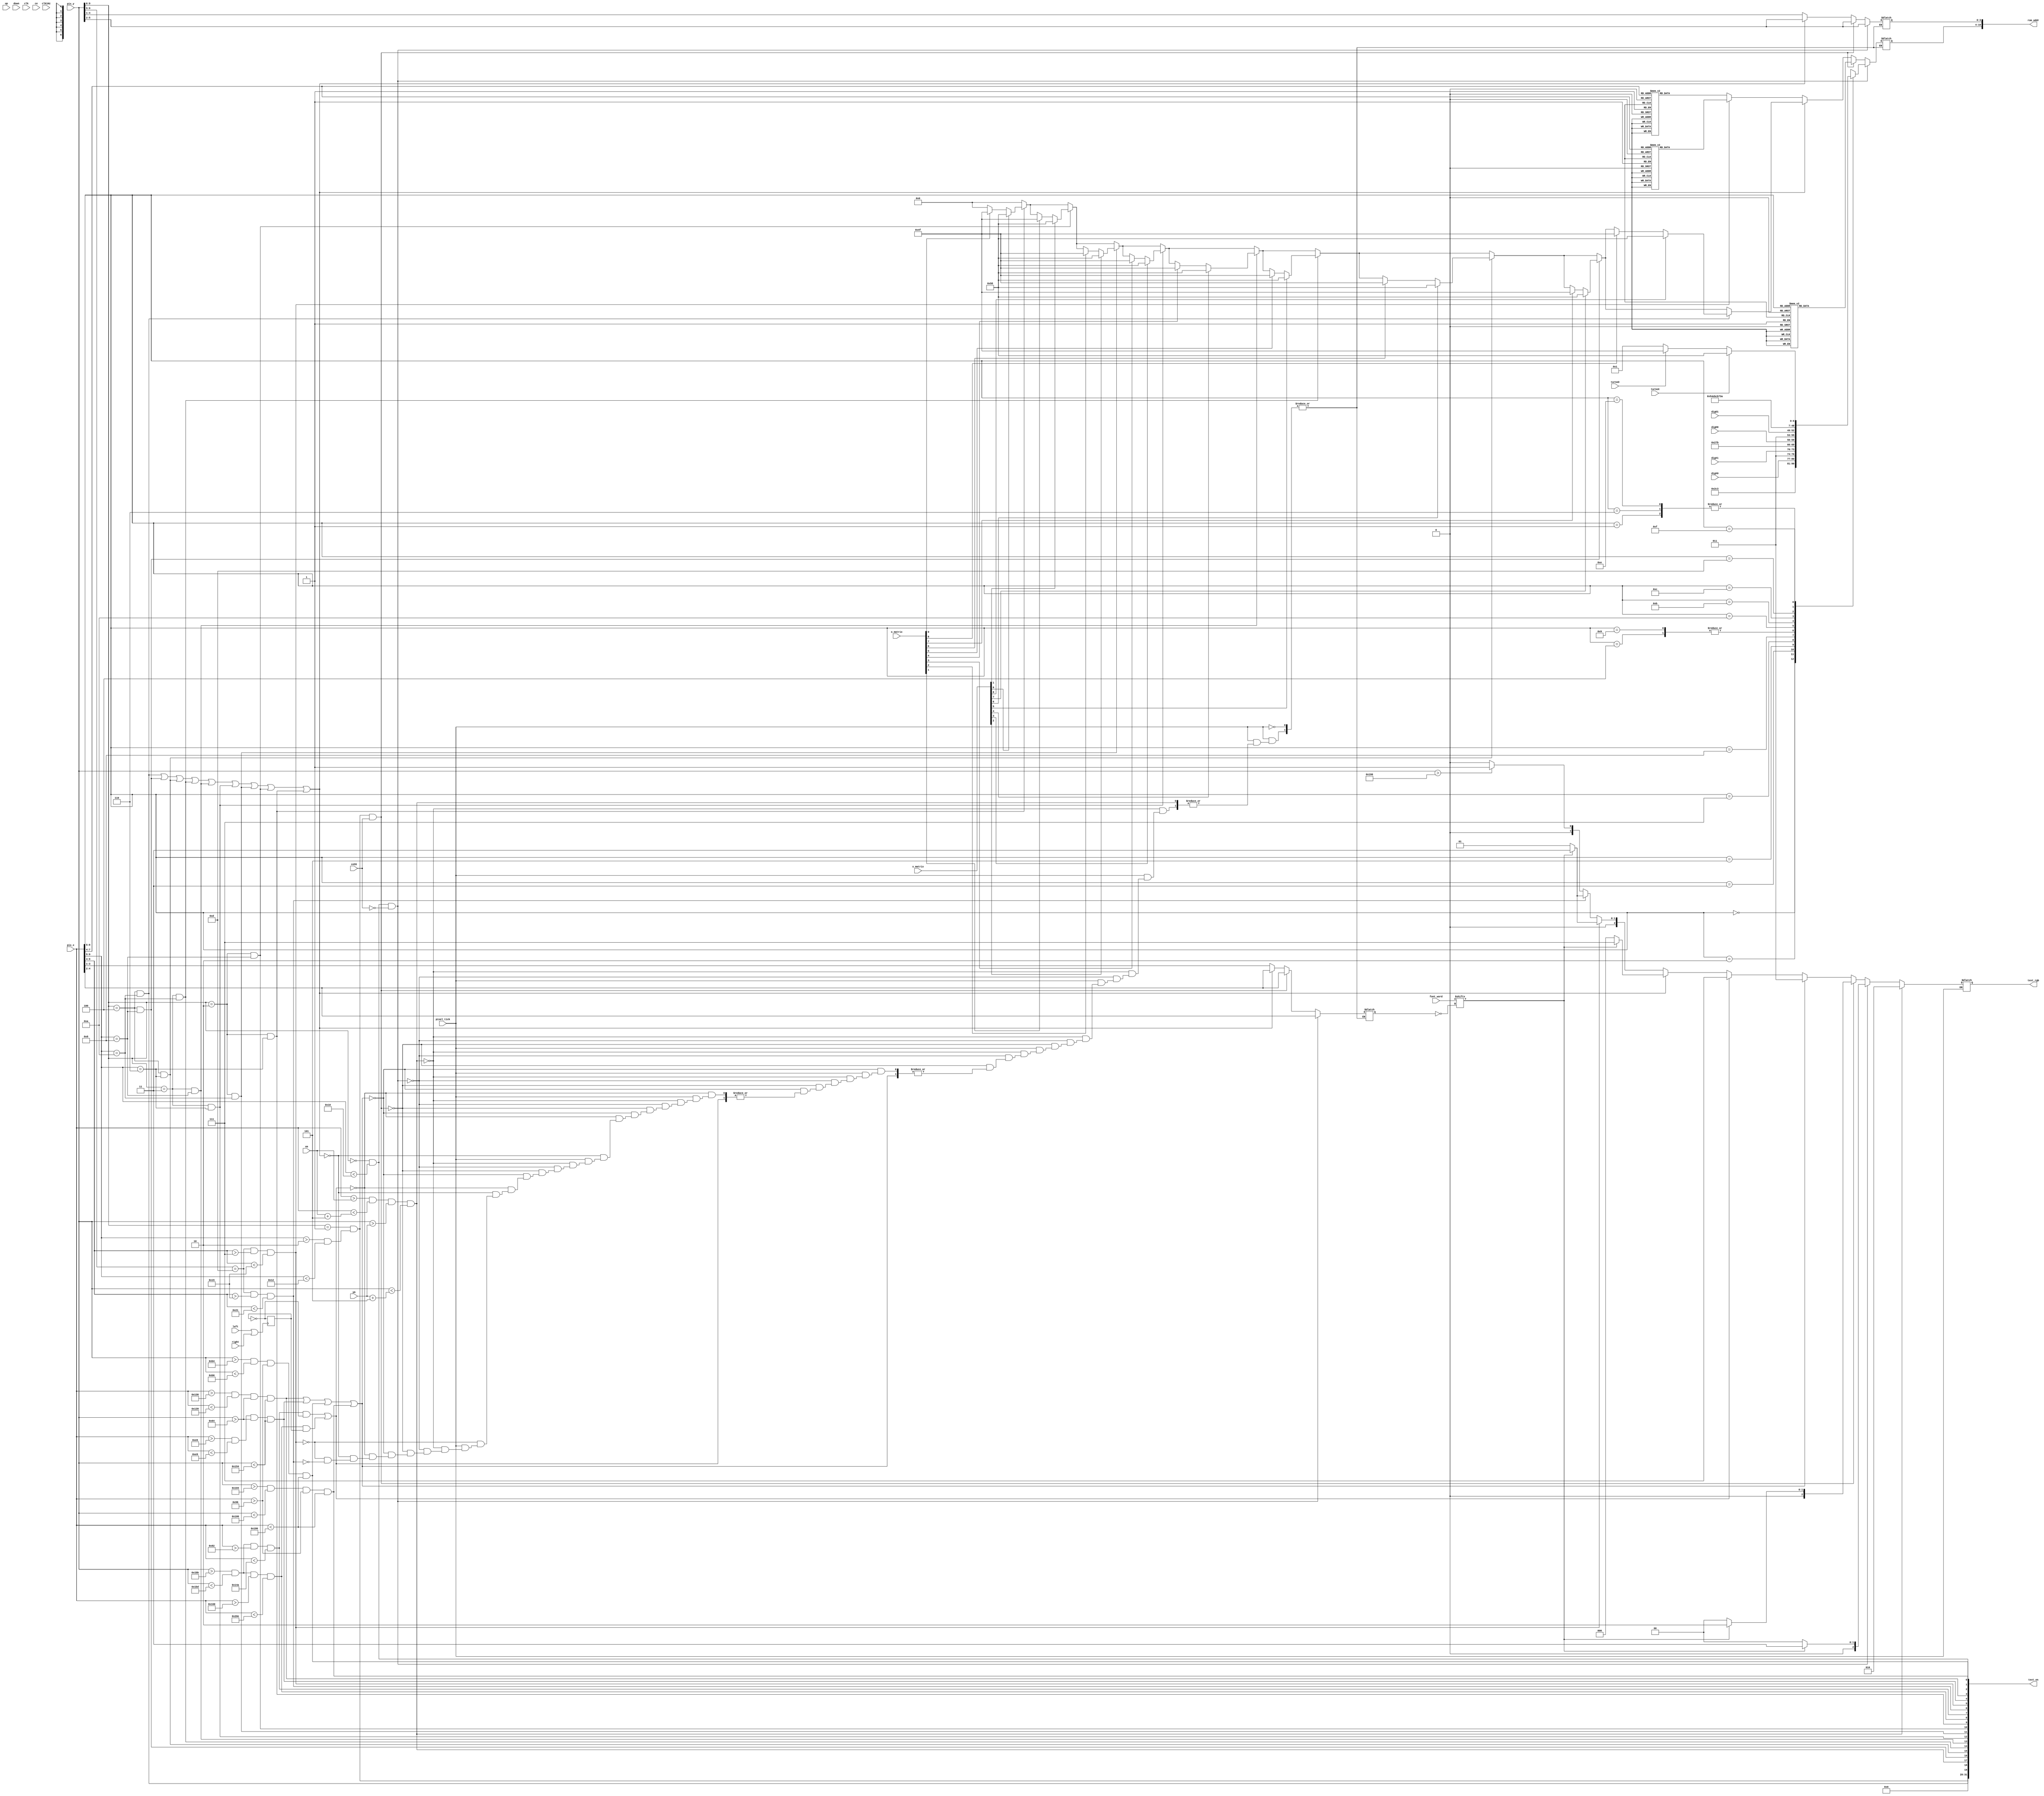
module TicTacToeTextPainter
   (
	 input wire up,
	 input wire down,	
	 input wire left,
	 input wire right,
    input wire  clk, 
	 input wire  clk1Hz, 
	 input wire ceSS,
    input wire [9:0] pix_x, pix_y,
	 input wire [7:0] font_word,
	 input wire pixel_tick,	 
	 input wire [9:0] xm, ym,
	 input wire ce,
    input wire [8:0] x_matrix,
    input wire [8:0] o_matrix,	 
	 input wire [3:0] digX0,
	 input wire [3:0] digX1,
	 input wire [3:0] digO0,
	 input wire [3:0] digO1,
	 input wire turnoX,
	 input wire turnoO,
    output wire [31:0] text_on,
    output reg  [2:0] text_rgb =0,
	 output wire [10:0] rom_addr
   );

   // signal declaration---------------------------------------------------------------------
	
	//Declaration of the column of the characters
	
   reg  [6:0] char_addr=0, char_addr_ss=0, char_addr_s = 0, char_addr_st = 0, char_addr_rt = 0,  char_addr_e = 0, 
	char_addr_xo1 = 0, char_addr_xo2 = 0, char_addr_xo3 = 0, char_addr_xo4 = 0, char_addr_xo5 = 0,
	char_addr_xo6 = 0, char_addr_xo7 = 0,char_addr_xo8 = 0;
	
   reg  [3:0] row_addr=0; 
	
	//Declaration for the row of the characters
	
	wire  [3:0] row_addr_rt, row_addr_ss, row_addr_st, row_addr_e,row_addr_xo1, row_addr_xo2, 
	row_addr_xo3,  row_addr_xo4,  row_addr_xo5,  row_addr_xo6,  row_addr_xo7,  row_addr_xo8;
   reg  [2:0] bit_addr=0; 
	
	//Declaration for the bit of each row of the ROMM
   
	wire [2:0] bit_addr_ss,bit_addr_st, bit_addr_rt, bit_addr_e, bit_addr_xo1, bit_addr_xo1, 
	bit_addr_xo1, bit_addr_xo1 , bit_addr_xo1 ,bit_addr_xo1, bit_addr_xo1, bit_addr_xo1, bit_addr_xo1;
   wire font_bit, score_on;
	
	reg state_on = 0;
	reg [2:0] nextRGB = 3'b000;
	
	//Mouse register
	
	//Initial value
	reg [9:0] mouse_x = 245;
	reg [9:0] mouse_y = 245;
	
	
	//Auxulir value
	wire [9:0] mouse_x_coor;
	wire [9:0] mouse_y_coor;
	
	//Wire to know when the elements are on the screen
	wire 	bar_left_on, bar_right_on, bar_up_on, bar_down_on, restart_on, erase_on, restart_underline_on, mouse_on;
	wire xo0_on, xo1_on, xo2_on, xo3_on, xo4_on, xo5_on, xo6_on, xo7_on, xo8_on, playing_on_ss;
	
	//Colores Constantes
	localparam BLACK 		= 3'b000;
	localparam RED   		= 3'b100;
	localparam GREEN 		= 3'b010;
	localparam BLUE      = 3'b001;
	localparam WHITE     = 3'b111;
	localparam PINK      = 3'b101;
	localparam YELLOW    = 3'b110;
	localparam LIGHTBLUE = 3'b011;
	
	
	//Constantes de la posicin de las x's y o's
	
	localparam X_O_LOCATION = 2;
	
	localparam X_O_SEPARATION = 1;
	
	//Ancho de las casillas
	localparam ANCHOCASILLAS = 80;
	
	//Ancho y largo de las barras	
	localparam ANCHOBARRAS = 2;
	localparam LARGOBARRAS = ANCHOCASILLAS * 3;
	
	//Constantes de la ubicacin de las barras
	
	//Ubicacion del GATO 
	
	localparam NUMERAL_X = 150;
	localparam NUMERAL_Y = 100;
	
	//Barra vertical izquierda
	localparam  BAR_LEFT_START_X = NUMERAL_X + ANCHOCASILLAS;
	localparam  BAR_LEFT_FINAL_X = NUMERAL_X + ANCHOCASILLAS + ANCHOBARRAS + 1;
	
	//Barra vertical derecha
	localparam  BAR_RIGHT_START_X = NUMERAL_X + 2*ANCHOCASILLAS;
	localparam  BAR_RIGHT_FINAL_X = NUMERAL_X + 2*ANCHOCASILLAS + ANCHOBARRAS + 1;
	
	//Barras verticales largo
	localparam  BAR_VERTICAL_START_Y = NUMERAL_Y;
	localparam  BAR_VERTICAL_FINAL_Y = NUMERAL_Y + LARGOBARRAS;

	//Barra horizontal arriba
	localparam  BAR_UP_START_Y = NUMERAL_Y + ANCHOCASILLAS;
	localparam  BAR_UP_FINAL_Y = NUMERAL_Y + ANCHOCASILLAS + ANCHOBARRAS;

	//Barra horizontal abajo
	localparam  BAR_DOWN_START_Y = NUMERAL_Y + 2*ANCHOCASILLAS;
	localparam  BAR_DOWN_FINAL_Y = NUMERAL_Y + 2*ANCHOCASILLAS + ANCHOBARRAS;
	
	//Barras horizontales largo
	localparam  BAR_HORIZONTAL_START_X = NUMERAL_X;
	localparam  BAR_HORIZONTAL_FINAL_X = NUMERAL_X + LARGOBARRAS;

	//Barras subbrayadoras X
	
	localparam UNDERLINE_RESTART_X = 100;
	localparam UNDERLINE_SCORE_X   = 350;
	
	//Barras subbrayadoras Y
	
	localparam UNDERLINE_RESTART_Y = 400;
	localparam UNDERLINE_SCORE_Y   = 350;	

	//Barra debajo del label Restart
	
	localparam UNDERLINE_RESTART_LONG = 250;
	localparam UNDERLINE_SCORE_LONG = 250;
  

	//Asigno cuando las barras deben ser pintadas
	

	
	assign bar_left_on =  (pix_x > BAR_LEFT_START_X) && 
								 (pix_x < BAR_LEFT_FINAL_X) &&
								 (pix_y > BAR_VERTICAL_START_Y) &&
								 (pix_y < BAR_VERTICAL_FINAL_Y);
								
	assign bar_right_on = (pix_x > BAR_RIGHT_START_X) && 
								 (pix_x < BAR_RIGHT_FINAL_X) &&
								 (pix_y > BAR_VERTICAL_START_Y) &&
								 (pix_y < BAR_VERTICAL_FINAL_Y);

	assign bar_up_on =    (pix_y > BAR_UP_START_Y) && 
								 (pix_y < BAR_UP_FINAL_Y) &&
								 (pix_x > BAR_HORIZONTAL_START_X) &&
								 (pix_x < BAR_HORIZONTAL_FINAL_X);								 

	assign bar_down_on =  (pix_y > BAR_DOWN_START_Y) && 
								 (pix_y < BAR_DOWN_FINAL_Y) &&	
								 (pix_x > BAR_HORIZONTAL_START_X) &&
								 (pix_x < BAR_HORIZONTAL_FINAL_X);

	assign restart_underline_on = (pix_y > 443) && 
								 (pix_y < 445) &&	
								 (pix_x > 130) &&
								 (pix_x < 330);
								 
	assign score_underline_on = (pix_y > 443) && 
								 (pix_y < 445) &&	
								 (pix_x > 352) &&
								 (pix_x < 526);
								 
	assign refr_tick = (pix_y==481) && (pix_x==0);
								 
	assign mouse_on = (pix_x > xm) && (pix_x <xm + 5) && 
							(pix_y > ym) && (pix_y <ym + 5);					

   //-------------------------------------------
   // Temporizador
   //  - Seccion donde se despliega el temporizador
   //  - escala  16-32 
   //-------------------------------------------
   /*assign score_on = (pix_y[9:5]==7) && (pix_x[9:4]<32  && pix_x[9:4]>15);
   assign row_addr_s = pix_y[4:1];
   assign bit_addr_s = pix_x[3:1];
   always @*
      case (pix_x[7:4])	
			4'h0: char_addr_s = 7'h00; //		
			4'h1: char_addr_s = 7'h00; //			
         4'h2: char_addr_s = {3'b011,dig0}; //Aqui escojo segun el digito entrante el que coloco en pantalla
         4'h3: char_addr_s = {3'b011,dig1}; //Aqui escojo segun el digito entrante el que coloco en pantalla		
         4'h4: char_addr_s = 7'h3a; // :
         4'h5: char_addr_s = {3'b011,dig2}; //Aqui escojo segun el digito entrante el que coloco en pantalla
         4'h6: char_addr_s = {3'b011,dig3}; //Aqui escojo segun el digito entrante el que coloco en pantalla
			4'h7: char_addr_s = 7'h00; //
			4'h8: char_addr_s = 7'h00; //
			4'h9: char_addr_s = 7'h00; //
			4'ha: char_addr_s = 7'h00; //
			4'hb: char_addr_s = 7'h00; //
			4'hc: char_addr_s = 7'h00; //
			4'hd: char_addr_s = 7'h00; //
			4'he: char_addr_s = 7'h00; //
			4'hf: char_addr_s = 7'h00; //
			default : char_addr_s = 7'h00;			
      endcase*/
		
		
   //-------------------------------------------
	// -Despliega:
   //   X|_|_
	//	  _|_|_	 
	//    | |
   // -Escala  32-64 
   //-------------------------------------------
	
	localparam X_O_LOCATION_Y = 6;
   assign row_addr_xo1 = pix_y[5:2];
   assign bit_addr_xo1 = pix_x[4:2];
	assign xo0_on = (pix_y[9:6]== X_O_LOCATION ) && (pix_x[9:5]==6);
	assign xo1_on = (pix_y[9:6]== X_O_LOCATION ) && (pix_x[9:5]==8);
	assign xo2_on = (pix_y[9:6]== X_O_LOCATION ) && (pix_x[9:5]==10);
	assign xo3_on = (pix_y[9:6]== X_O_LOCATION + X_O_SEPARATION) && (pix_x[9:5]==6);
	assign xo4_on = (pix_y[9:6]== X_O_LOCATION + X_O_SEPARATION ) && (pix_x[9:5]==8);
	assign xo5_on = (pix_y[9:6]== X_O_LOCATION + X_O_SEPARATION ) && (pix_x[9:5]==10);
	assign xo6_on = (pix_y[9:6]== X_O_LOCATION + 2*X_O_SEPARATION ) && (pix_x[9:5]==6);
	assign xo7_on = (pix_y[9:6]== X_O_LOCATION + 2*X_O_SEPARATION ) && (pix_x[9:5]==8);
	assign xo8_on = (pix_y[9:6]== X_O_LOCATION + 2*X_O_SEPARATION ) && (pix_x[9:5]==10);
	
	//Decido si pintar X o Y
   always @*
		begin
			char_addr_xo1 = 7'h0;
			//CUADRO ARRIBA IZQUIERDA
			if(xo0_on)
				if(x_matrix[0])
					char_addr_xo1 = 7'h58;
				else if(o_matrix[0])
					char_addr_xo1 = 7'h4f;			
			//CUADRO ARRIBA CENTRO
			if(xo1_on)
				if(x_matrix[1])
					char_addr_xo1 = 7'h58;
				else if(o_matrix[1])
					char_addr_xo1 = 7'h4f;	
			//CUADRO ARRIBA DERECHA				
			if(xo2_on)
				if(x_matrix[2])
					char_addr_xo1 = 7'h58;
				else if(o_matrix[2])
					char_addr_xo1 = 7'h4f;	
			//CUADRO ARRIBA IZQUIERDA				
			if(xo3_on)
				if(x_matrix[3])
					char_addr_xo1 = 7'h58;
				else if(o_matrix[3])
					char_addr_xo1 = 7'h4f;	
			//CUADRO ARRIBA CENTRO				
			if(xo4_on)
				if(x_matrix[4])
					char_addr_xo1 = 7'h58;
				else if(o_matrix[4])
					char_addr_xo1 = 7'h4f;	
			//CUADRO ARRIBA DERECHA				
			if(xo5_on)
				if(x_matrix[5])
					char_addr_xo1 = 7'h58;
				else if(o_matrix[5])
					char_addr_xo1 = 7'h4f;	
			//CUADRO ARRIBA IZQUIERDA				
			if(xo6_on)
				if(x_matrix[6])
					char_addr_xo1 = 7'h58;
				else if(o_matrix[6])
					char_addr_xo1 = 7'h4f;	
			//CUADRO ARRIBA CENTRO				
			if(xo7_on)
				if(x_matrix[7])
					char_addr_xo1 = 7'h58;
				else if(o_matrix[7])
					char_addr_xo1 = 7'h4f;	
			//CUADRO ARRIBA DERECHA				
			if(xo8_on)
				if(x_matrix[8])
					char_addr_xo1 = 7'h58;
				else if(o_matrix[8])
					char_addr_xo1 = 7'h4f;		
		end		
		
   //-------------------------------------------
   // Titulo
   //  - Despliega en el titulo "Tic Tac Toe"
   //  - Escala  32-64 
   //-------------------------------------------
   assign row_addr_st = pix_y[5:2];
   assign bit_addr_st = pix_x[4:2];
   always @*
	begin
		state_on = (pix_y[9:6]==0) && (pix_x[9:5]<16);
		char_addr_st = 7'h00;
		begin				
			case (pix_x[8:5])
				4'h0: char_addr_st = 7'h58; // X	
				4'h1: char_addr_st = 7'h3a; // :		
				4'h2: char_addr_st = {3'b011,digX0}; //Aqui escojo segun el digito entrante el que coloco en pantalla
				4'h3: char_addr_st = {3'b011,digX1}; //Aqui escojo segun el digito entrante el que coloco en pantalla		
				4'h4: char_addr_st = 7'h00; // 
				4'h5: char_addr_st = 7'h4f; // O			
				4'h6: char_addr_st = 7'h3a; // :
				4'h7: char_addr_st = {3'b011,digO0}; //Aqui escojo segun el digito entrante el que coloco en pantalla
				4'h8: char_addr_st = {3'b011,digO1}; //Aqui escojo segun el digito entrante el que coloco en pantalla
				4'h9: char_addr_st = 7'h00; //
				4'ha: char_addr_st = 7'h54; //T
				4'hb: char_addr_st = 7'h75; //u
				4'hc: char_addr_st = 7'h72; //r
				4'hd: char_addr_st = 7'h6e; //n
				4'he: char_addr_st = 7'h3a; //:
				4'hf: char_addr_st = (turnoX) ? 7'h58: (turnoO) ? 7'h4f : 7'h01; //
				default : char_addr_st = 7'h00;
			endcase			
		end
	end

   //-------------------------------------------
   // Titulo
   //  - Despliega en el label Restart Match
   //  - Escala  16-32 
   //-------------------------------------------
	assign row_addr_rt = pix_y[4:1];
   assign bit_addr_rt = pix_x[3:1];
   assign restart_on = (pix_y[9:5]==13) && (pix_x[9:4]>7) &&(pix_x[9:4]<21);
	always @*
	begin
		char_addr_rt = 7'h00;
		begin				
			case (pix_x[7:4])
				
				4'h0: char_addr_rt = 7'h4d; // M
				4'h1: char_addr_rt = 7'h61; // a
				4'h2: char_addr_rt = 7'h74; // t
				4'h3: char_addr_rt = 7'h63; // c
				4'h4: char_addr_rt = 7'h68; // h
				4'h5: char_addr_rt = 7'h00; // 
				4'h6: char_addr_rt = 7'h00; // 
				4'h7: char_addr_rt = 7'h00; // 
				4'h8: char_addr_rt = 7'h52; // R
				4'h9: char_addr_rt = 7'h65; // e
				4'ha: char_addr_rt = 7'h73; // s
				4'hb: char_addr_rt = 7'h74; // t
				4'hc: char_addr_rt = 7'h61; // a			
				4'hd: char_addr_rt = 7'h72; // r
				4'he: char_addr_rt = 7'h74; // t				
				default : char_addr_rt = 7'h00;
			endcase			
		end
	end	


 //-------------------------------------------
   // Titulo
   //  - Despliega en el label Restart Match
   //  - Escala  16-32 
   //-------------------------------------------
	assign row_addr_e = pix_y[4:1];
   assign bit_addr_e = pix_x[3:1];
   assign erase_on = (pix_y[9:5]==13) && (pix_x[9:4]>21) &&(pix_x[9:4]<33);
	always @*
	begin
		char_addr_e = 7'h00;
		begin				
			case (pix_x[7:4])
				
				4'h0: char_addr_e = 7'h65; // e
				4'h1: char_addr_e = 7'h00; // 
				4'h2: char_addr_e = 7'h00; // 
				4'h3: char_addr_e = 7'h00; // 
				4'h4: char_addr_e = 7'h00; // 
				4'h5: char_addr_e = 7'h00; // 
				4'h6: char_addr_e = 7'h45; // E
				4'h7: char_addr_e = 7'h72; // r
				4'h8: char_addr_e = 7'h61; // a
				4'h9: char_addr_e = 7'h73; // s
				4'ha: char_addr_e = 7'h65; // e
				4'hb: char_addr_e = 7'h00; // 
				4'hc: char_addr_e = 7'h53; // S
				4'hd: char_addr_e = 7'h63; // c
				4'he: char_addr_e = 7'h6f; // o				
				4'hf: char_addr_e = 7'h72; // r
				default : char_addr_e = 7'h00;
			endcase			
		end
	end	


   //-------------------------------------------
   // Titulo
   //  - Despliega en el titulo "Start Playing"
   //  - Escala  32-64 
   //-------------------------------------------
   assign row_addr_ss = pix_y[5:2];
   assign bit_addr_ss = pix_x[4:2];
	assign playing_on_ss = (pix_y[9:6]==1) && ((pix_x[9:5]>2) && (pix_x[9:5]<18));
   always @*
	begin		
		char_addr_ss = 7'h00;
		begin				
			case (pix_x[8:5])
				4'h3: char_addr_ss = 7'h53; // S
				4'h4: char_addr_ss = 7'h74; // t
				4'h5: char_addr_ss = 7'h61; // a
				4'h6: char_addr_ss = 7'h72; // r
				4'h7: char_addr_ss = 7'h74; // t
				4'h8: char_addr_ss = 7'h00; // 
				4'h9: char_addr_ss = 7'h50; // P
				4'ha: char_addr_ss = 7'h6c; // l
				4'hb: char_addr_ss = 7'h61; // a
				4'hc: char_addr_ss = 7'h79; // y
				4'hd: char_addr_ss = 7'h69; // i
				4'he: char_addr_ss = 7'h6e; // n
				4'hf: char_addr_ss = 7'h67; // g
				default : char_addr_ss = 7'h00;
			endcase			
		end
	end


//	Pinta el mouse


	
//-------------------------------------------
// Aqui se escoge cual color enviar a colocar mientras se encuentre cada elemento encima
//-------------------------------------------
   always @*
		begin //Para sincronizar con el pixy evitar indeseados erroes
			if(pixel_tick)
				begin
					text_rgb = 3'b000;  // fonodo negro
					if(mouse_on)
						begin
							text_rgb = GREEN;
						end					
					else if (state_on && ~ceSS) //Si esta el estado encima
						begin
							char_addr = char_addr_st;
							row_addr = row_addr_st;
							bit_addr = bit_addr_st;
							if (font_bit)
								text_rgb = LIGHTBLUE;	
							else
								text_rgb = BLACK;
						end
					else if(playing_on_ss && ceSS)
					begin
						char_addr = char_addr_ss;
						row_addr = row_addr_ss;
						bit_addr = bit_addr_ss;
						if(font_bit)
							text_rgb = GREEN;
						else
							text_rgb = BLACK;
					end
					else if (bar_right_on || bar_left_on || bar_up_on || bar_down_on) //Si la barra vertical derecha se encuentra encima
						text_rgb = LIGHTBLUE; 
					else if ((restart_underline_on && ~posButton) || (score_underline_on && posButton))  //Si la barra horizontal abajo se encuentra encima
						text_rgb = WHITE;	
					else if(xo8_on || xo7_on || xo6_on || xo5_on || xo4_on || xo3_on || xo2_on || xo1_on || xo0_on)
						begin
							char_addr = char_addr_xo1;
							row_addr = row_addr_xo1;
							bit_addr = bit_addr_xo1;		
							if(font_bit)
								text_rgb = WHITE;	
							else 
								text_rgb = BLACK;	
						end
						
					else if (restart_on)   //Si el label de restar est encima 
						begin
							char_addr = char_addr_rt;
							row_addr = row_addr_rt;
							bit_addr = bit_addr_rt;
							if (font_bit)
								text_rgb = LIGHTBLUE;						
							else
								text_rgb = BLUE;
						end	
					else if (erase_on)   //Si el label de restar est encima 
						begin
							char_addr = char_addr_e;
							row_addr = row_addr_e;
							bit_addr = bit_addr_e;
							if (font_bit)
								text_rgb = LIGHTBLUE;						
							else
								text_rgb = BLUE;
						end						
					else
						if(pix_y > 400)
							text_rgb = BLUE;
						else
							text_rgb = BLACK;
				end			
				
		end
	


   assign text_on = {playing_on_ss, xo8_on, mouse_on, xo7_on, xo6_on,xo5_on,xo4_on, xo3_on,xo2_on,xo1_on, xo0_on,
								score_underline_on, restart_underline_on,erase_on, restart_on, bar_left_on,
								bar_right_on, bar_up_on, bar_down_on, state_on};
   //-------------------------------------------
   // Direccion de la rom para escoger el numero deseado
   //-------------------------------------------
   assign rom_addr = {char_addr, row_addr};
   assign font_bit = font_word[~bit_addr];
		
	reg posButton = 0;
	wire auxConditions = left || right;
	always@(posedge auxConditions)
		begin
			posButton = ~posButton;								
		end

endmodule